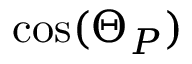
\cos ( \Theta _ { P } )